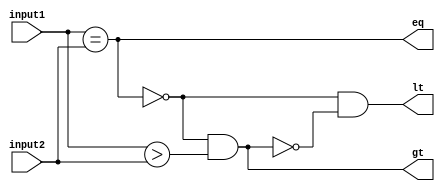
module comparator (
    input [31:0] input1,
    input [31:0] input2,
    output eq,       // Equal output
    output gt,       // Greater than output
    output lt        // Less than output
);

assign eq = (&(input1 == input2));
assign gt = (!eq) & (input1 > input2);
assign lt = (!eq) & (!gt);

endmodule